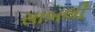
સાબલી